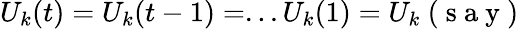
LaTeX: U_{k}(t)=U_{k}(t-1)=...U_{k}(1)=U_{k}\mathrm{~(~s~a~y~)~}